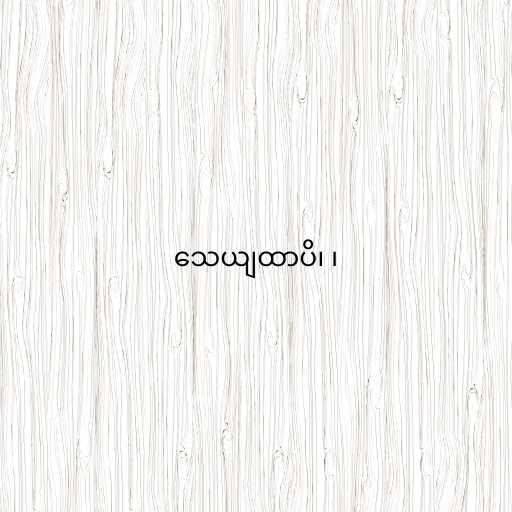
သေယျထာပိ၊ ၊